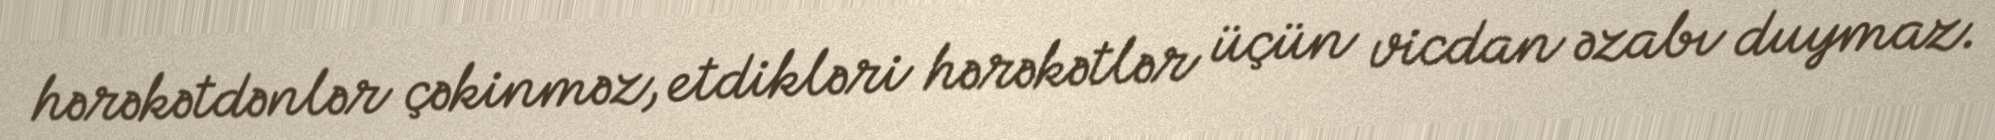
hərəkətdənlər çəkinməz, etdikləri hərəkətlər üçün vicdan əzabı duymaz.